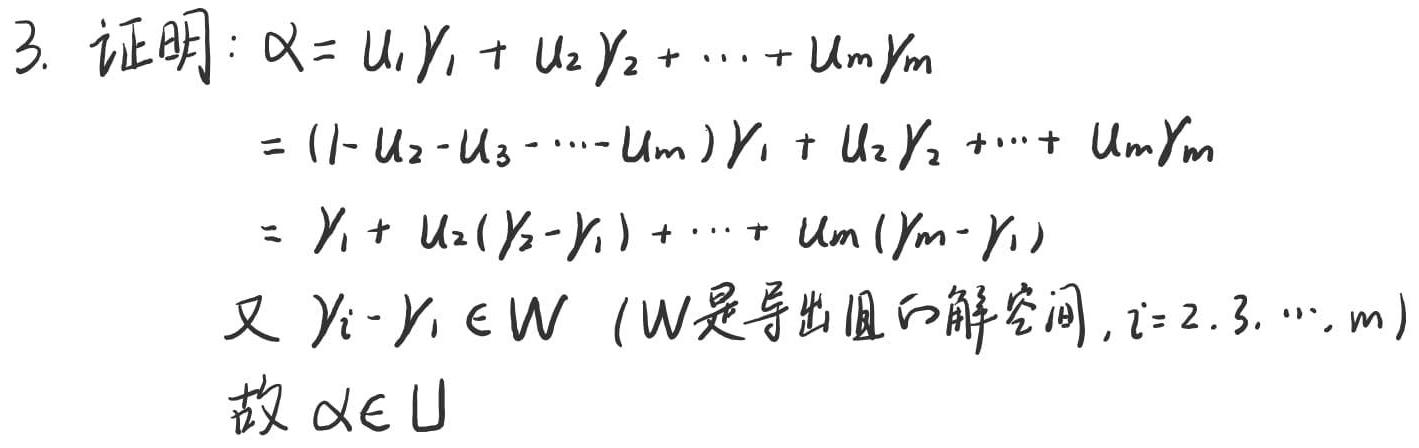
3. 证明：\(\alpha = u_1\gamma_1 + u_2\gamma_2 + \cdots + u_m\gamma_m\)
\(=(1 - u_2 - u_3 - \cdots - u_m)\gamma_1 + u_2\gamma_2 + \cdots + u_m\gamma_m\)
\(=\gamma_1 + u_2(\gamma_2 - \gamma_1) + \cdots + u_m(\gamma_m - \gamma_1)\)
又 \(\gamma_i - \gamma_1 \in W\)（\(W\)是导出组的解空间，\(i = 2,3,\cdots,m\)）
故 \(\alpha\in U\)